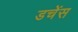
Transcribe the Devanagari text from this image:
डचेंस